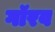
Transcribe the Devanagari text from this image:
गॉरव